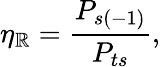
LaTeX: \eta_{\mathbb{R}}=\frac{{P_{s(-1)}}}{{P_{ts}}},